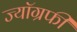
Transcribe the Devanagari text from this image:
ज्यॉग्रफी